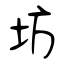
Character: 坊